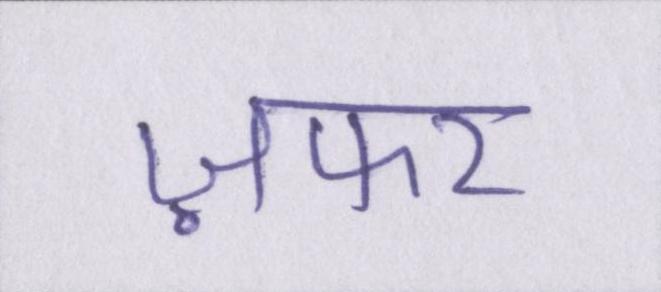
ज़फर